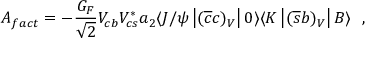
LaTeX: A _ { f a c t } = - { \frac { G _ { F } } { \sqrt { 2 } } } V _ { c b } V _ { c s } ^ { * } { { a _ { 2 } } } \langle J / \psi \left| ( \overline { { { c } } } c ) _ { V } \right| 0 \rangle \langle K \left| ( \overline { { { s } } } b ) _ { V } \right| { B } \rangle ~ ~ ,